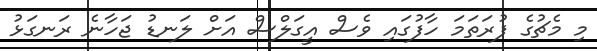
މި މެޗުގެ ފުރަތަމަ ހާފުގައި ވެސް އީގަލްސް އަށް ލަނޑު ޖަހާނެ ރަނގަޅު